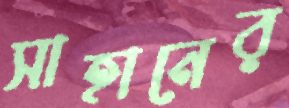
সাহানের